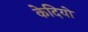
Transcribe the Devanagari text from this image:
केदियो